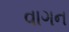
વાગન